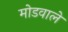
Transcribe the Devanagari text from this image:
मोडवाले